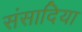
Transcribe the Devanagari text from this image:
संसादिया